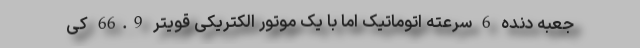
جعبه دنده 6 سرعته اتوماتیک اما با یک موتور الکتریکی قویتر 66.9 کی